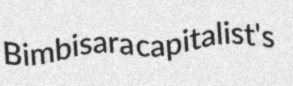
Bimbisara capitalist's